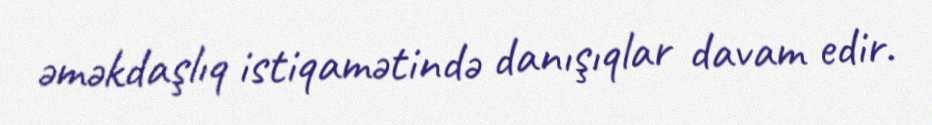
əməkdaşlıq istiqamətində danışıqlar davam edir.